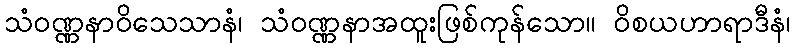
သံဝဏ္ဏနာဝိသေသာနံ၊ သံဝဏ္ဏနာအထူးဖြစ်ကုန်သော။ ဝိစယဟာရာဒီနံ၊